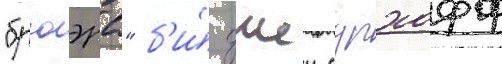
"бр'юэрс" б'и́ джеи сурхофф